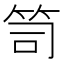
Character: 笥